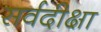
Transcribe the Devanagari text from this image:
सर्वदीक्षा